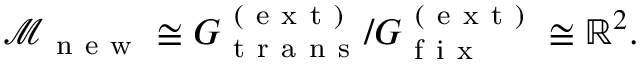
\begin{array} { r } { \mathcal { M } _ { \mathrm { ~ n ~ e ~ w ~ } } \cong G _ { \mathrm { ~ t ~ r ~ a ~ n ~ s ~ } } ^ { \mathrm { ~ ( ~ e ~ x ~ t ~ ) ~ } } / G _ { \mathrm { ~ f ~ i ~ x ~ } } ^ { \mathrm { ~ ( ~ e ~ x ~ t ~ ) ~ } } \cong \mathbb { R } ^ { 2 } . } \end{array}